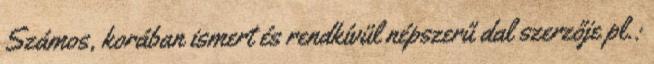
Számos, korában ismert és rendkívül népszerű dal szerzője pl.: